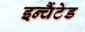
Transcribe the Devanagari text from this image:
इन्चैंटेड